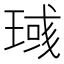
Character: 𱯎